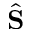
\hat { \bf S }